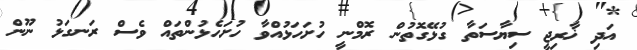
އަދި ޚާރިޖީ ސިޔާސަތާ ގުޅޭގޮތުން ރޮމްނީ ހުށަހަޅުއްވާ ހުށަހެޅުންތައް ވެސް ރަނގަޅު ނޫން